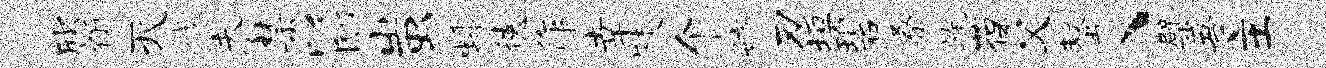
欣祈灭戮未禁以邸蚩蟠德作幸陡个妨刃垣碧桑旄葆父螯、檗吾主